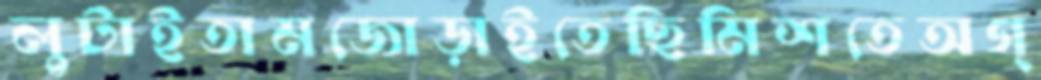
লুটাইতামজোড়াইতেছিমিশতেঅগ্